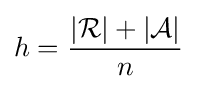
h={\frac {|{\mathcal {R}}|+|{\mathcal {A}}|}{n}}